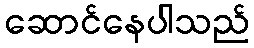
ဆောင်နေပါသည်